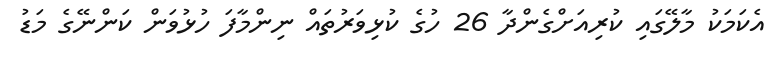
އެކަމަކު މާލޭގައި ކުރިއަށްގެންދާ 26 ހުގެ ކުޅިވަރުތައް ނިންމާފަ ހުޅުވަން ކަންނޭގެ މަޑު